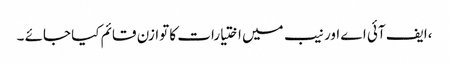
،ایف آئی اے اور نیب میں اختیارات کا توازن قائم کیا جائے ۔